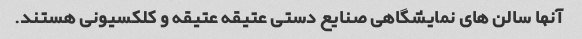
آنها سالن های نمایشگاهی صنایع دستی عتیقه عتیقه و کلکسیونی هستند.